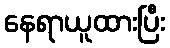
နေရာယူထားပြီး